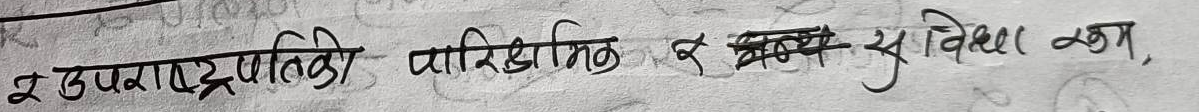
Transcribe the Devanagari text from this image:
इउपराष्ट्रपति, पारिश्रमिक र अन्य सुविधा कम,